Vaccine operations Central Provinces 1900-1911 - 1900-1911
Year: 1900
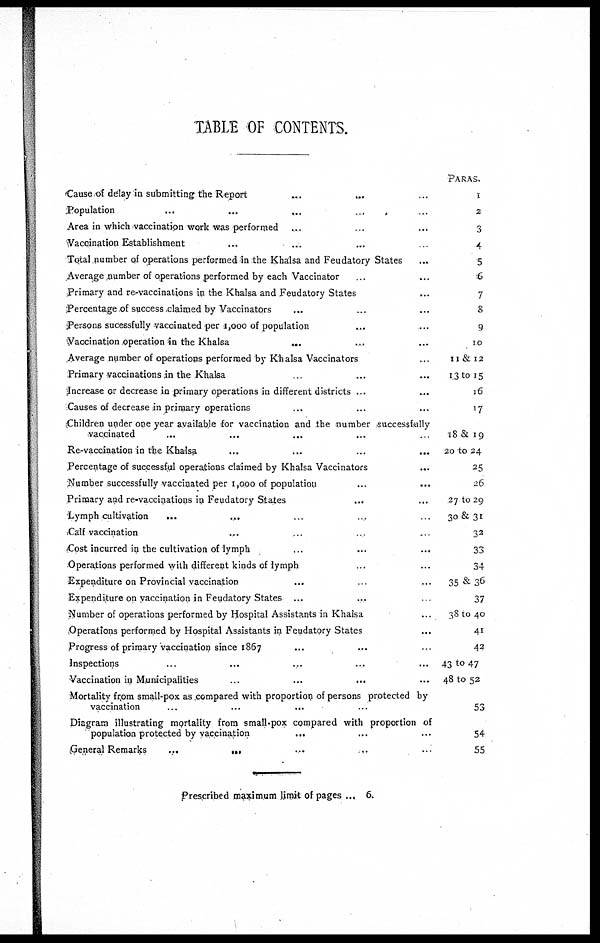
TABLE OF CONTENTS.
Cause of delay in submitting the Report
Population
Area in which vaccination work was performed
...
Vaccination Establishment
Total number of operations performed in the Khalsa and Feudatory States
Average number of operations performed by each Vaccinator
Primary and re-vacoinations in the Khalsa and Feudatory States
Percentage of success claimed by Vaccinators
Persons sucessfully vaccinated per 1,000 of population
Vaccination operation in the Khalsa
...
Average number of operations performed by Khalsa Vaccinators
Primary vaccinations in the Khalsa
Increase or decrease in primary operations in different districts ...
Causes of decrease in primary operations
Children under one year available for vaccination and the number successfully
vaccinated
Re-vaccination in the Khalsa
...
...
...
...
Percentage of successful operations claimed by Khalsa Vaccinators
Number successfully vaccinated per 1,000 of population
...
...
Primary and re-vaccinations in Feudatory States
Lymph cultivation
...
Calf vaccination
.,.
Cost incurred in the cultivation of lymph
Operations performed with different kinds of lymph
Expenditure on Provincial vaccination
Expenditure on vaccination in Feudatory States ...
Number of operations performed by Hospital Assistants in Khalsa
Operations performed by Hospital Assistants in Feudatory States
Progress of primary vaccination since 1867
Inspections
Vaccination in Municipalities
...
...
...
Mortality from small-pox as compared with proportion of persons protected by
vaccination
...
...
...
Diagram illustrating mortality from small-pox compared with proportion of
population protected by vaccination
...
General Remarks
...
Paras.
1
2
3
4
5
6
7
8
9
10
11 & 12
13 to 15
36
17
18 & 19
20 to 24
25
26
27 to 29
30 & 31
32
33
34
35 & 36
37
38 to 40
41
42
43 to 47
48 to 52
53
54
55
Prescribed maximum limit of pages ... 6.